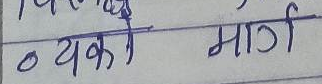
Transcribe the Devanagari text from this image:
० व्यको मार्ग